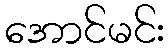
အောင်မင်း